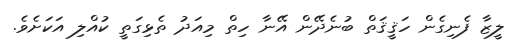
ލީޒާ ފެނިގެން ހަޤީޤަތް ބުނެދޭން އޭނާ ހިތް މިއަދު ތެޅިގަތީ ކުއްލި އަކަށެވެ.